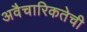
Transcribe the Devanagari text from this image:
अवैचारिकतेची